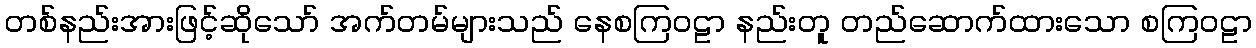
တစ်နည်းအားဖြင့်ဆိုသော် အက်တမ်များသည် နေစကြဝဠာ နည်းတူ တည်ဆောက်ထားသော စကြဝဠာ